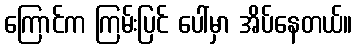
ကြောင်က ကြမ်းပြင် ပေါ်မှာ အိပ်နေတယ်။